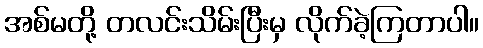
အစ်မတို့ တလင်းသိမ်းပြီးမှ လိုက်ခဲ့ကြတာပါ။